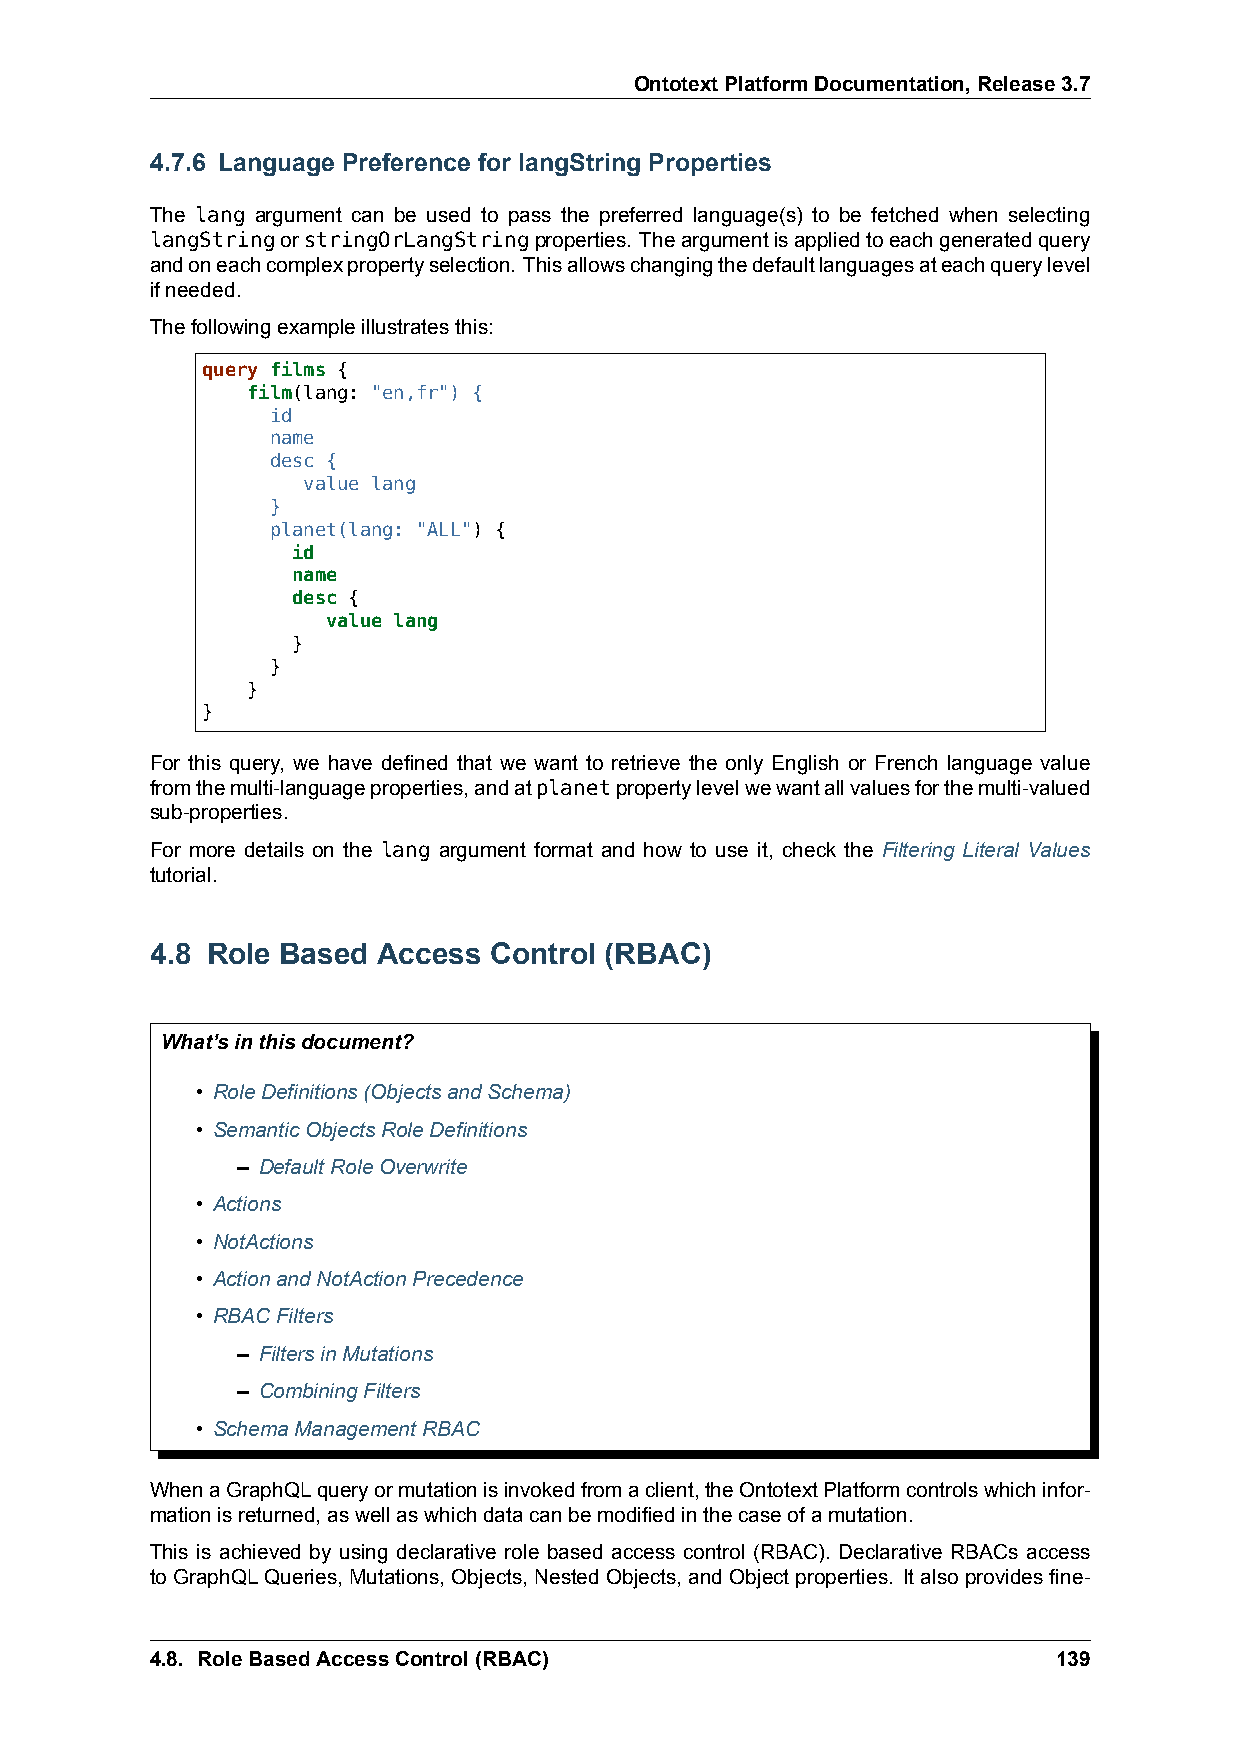
OntotextPlatformDocumentation,Release3.7
 4.7.6 Language Preference for langString Properties
 The lang argument can be used to pass the preferred language(s) to be fetched when selecting
 langStringorstringOrLangStringproperties. Theargumentisappliedtoeachgeneratedquery
 andoneachcomplexpropertyselection. Thisallowschangingthedefaultlanguagesateachquerylevel
 ifneeded.
 Thefollowingexampleillustratesthis:
 query films {
 film(lang: "en,fr") {
 id
 name
 desc {
 value lang
 }
 planet(lang: "ALL") {
 id
 name
 desc {
 value lang
 }
 }
 }
 }
 For this query, we have defined that we want to retrieve the only English or French language value
 fromthemulti-languageproperties,andatplanetpropertylevelwewantallvaluesforthemulti-valued
 sub-properties.
 For more details on the lang argument format and how to use it, check the Filtering Literal Values
 tutorial.
 4.8 Role Based Access Control (RBAC)
 What’sinthisdocument?
 • RoleDefinitions(ObjectsandSchema)
 • SemanticObjectsRoleDefinitions
 – DefaultRoleOverwrite
 • Actions
 • NotActions
 • ActionandNotActionPrecedence
 • RBACFilters
 – FiltersinMutations
 – CombiningFilters
 • SchemaManagementRBAC
 WhenaGraphQLqueryormutationisinvokedfromaclient,theOntotextPlatformcontrolswhichinfor-
 mationisreturned,aswellaswhichdatacanbemodifiedinthecaseofamutation.
 This is achieved by using declarative role based access control (RBAC). Declarative RBACs access
 toGraphQLQueries, Mutations, Objects, NestedObjects, andObjectproperties. Italsoprovidesfine-
 4.8. RoleBasedAccessControl(RBAC)                           139